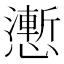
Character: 𭟌